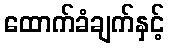
ထောက်ခံချက်နှင့်